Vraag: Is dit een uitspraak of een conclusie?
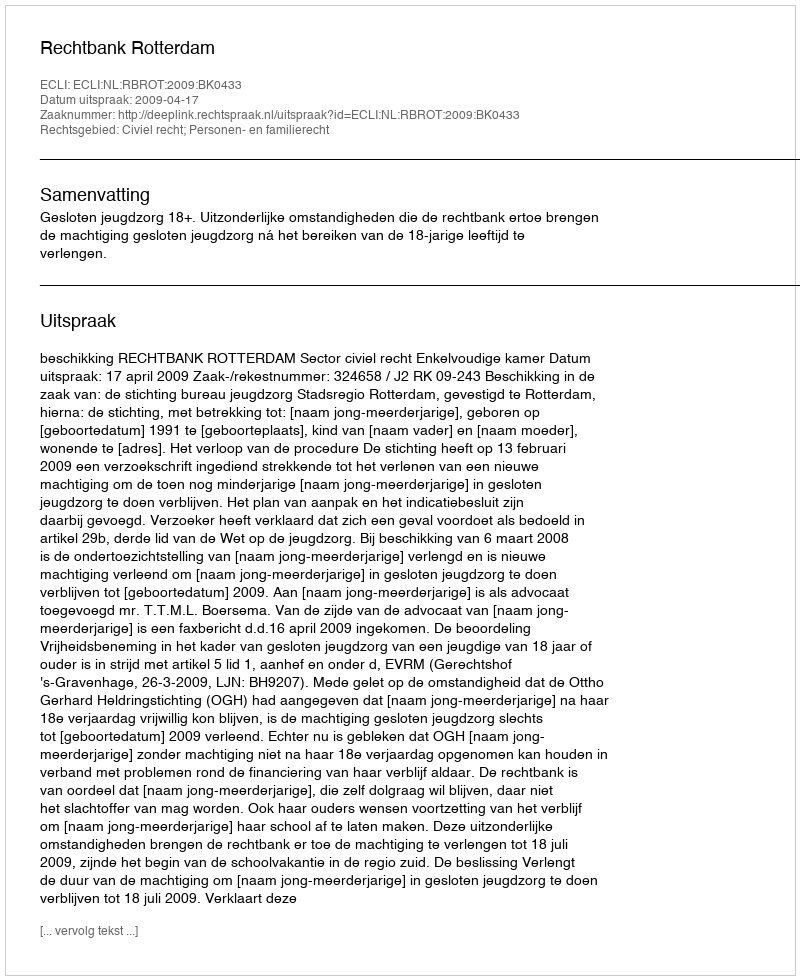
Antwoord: Uitspraak